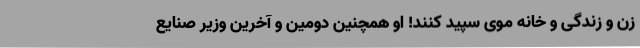
زن و زندگی و خانه موی سپید کنند! او همچنین دومین و آخرین وزیر صنایع